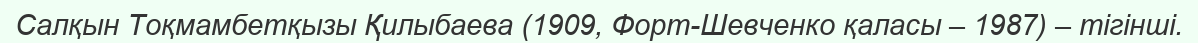
Салқын Тоқмамбетқызы Қилыбаева (1909, Форт-Шевченко қаласы – 1987) – тігінші.